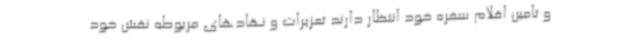
و تامین اقلام سفره خود انتظار دارند تعزیرات و نهادهای مربوطه نقش خود